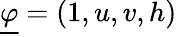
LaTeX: \underline{{\varphi}}=(1,u,v,h)